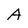
Character: A